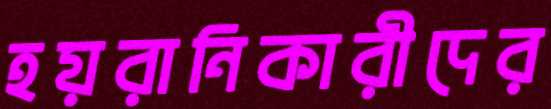
হয়রানিকারীদের